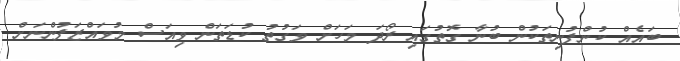
ބައެއް ކުންފުނިތަކުން ބުނާ ގޮތުގައި ރޯދަ މަހަށް ވަގުތު ކުޑަތަން ވިއަސް މުވައްޒަފުންނަށް